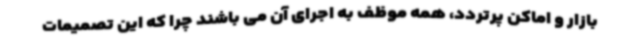
بازار و اماکن پرتردد، همه موظف به اجرای آن می باشند چرا که این تصمیمات